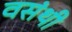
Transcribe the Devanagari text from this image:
वसंथी